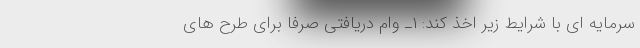
سرمایه ای با شرایط زیر اخذ کند: ۱ـ وام دریافتی صرفاً برای طرح های